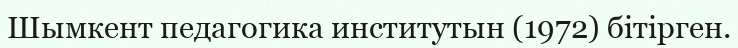
Шымкент педагогика институтын (1972) бітірген.